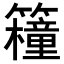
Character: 𥷈